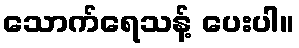
သောက်ရေသန့် ပေးပါ။